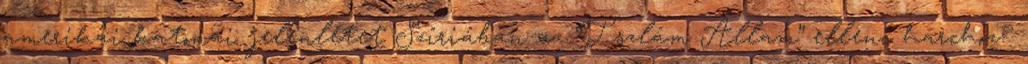
amerikai katonai jelenlétet Szíriában az “Iszlám Állam” elleni harchoz?